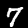
Digit: 7